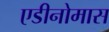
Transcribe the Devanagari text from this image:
एडीनोमास